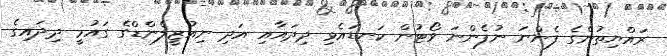
ރައްޔިތުންގެ ފެންނަ ނުފެންނަ ވޯޓުން ކަނޑައެޅި ދިދައާއި އަދި ނިއުޒީލެންޑްގެ ގައުމީ ދިދައިގެ